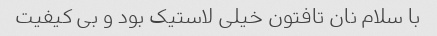
با سلام نان تافتون خیلی لاستیک بود و بی کیفیت